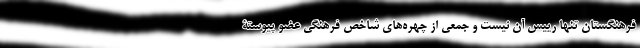
فرهنگستان تنها رییس آن نیست و جمعی از چهره‌های شاخص فرهنگی عضو پیوستۀ